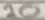
Text: 10